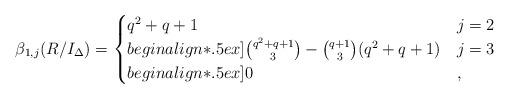
LaTeX: \begin{align*}\beta_{1, j} (R/I_{\Delta}) = \begin{cases}q^2 + q + 1 & j = 2 \\begin{align*}.5ex]\binom{q^2 + q + 1}{3} - \binom{q+1}{3} (q^2 + q + 1) & j = 3 \\begin{align*}.5ex]0 & ,\end{cases}\end{align*}